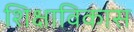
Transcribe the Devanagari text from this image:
शिक्षाविकास